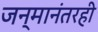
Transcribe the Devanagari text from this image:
जन्मानंतरही